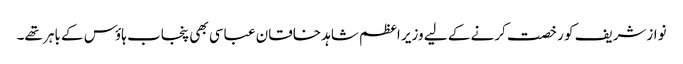
نوازشریف کو رخصت کرنے کے لیے وزیر اعظم شاہد خاقان عباسی بھی پنجاب ہاؤس کے باہر تھے۔